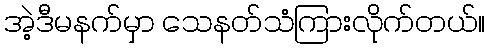
အဲ့ဒီမနက်မှာ သေနတ်သံကြားလိုက်တယ်။